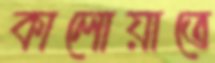
কালোয়াতে